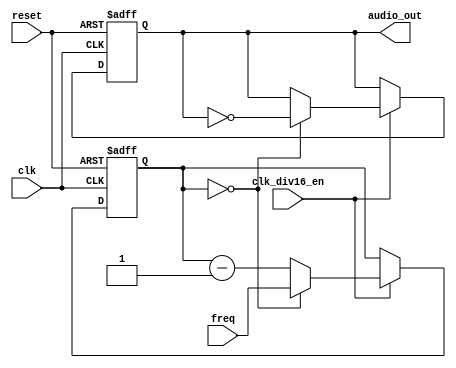
module tone_generator
  (
   input       clk,
   input       clk_div16_en,
   input       reset,
   input [9:0] freq,
   output      audio_out
   );

   reg [9:0]   count;
   reg         tone;

   parameter init = 0;
   
   // the datasheet suggests that the frequency register is loaded
   // into a 10-bit counter and decremented until it hits 0
   // however, this results in a half-period of FREQ+1!
   always @(posedge clk or posedge reset)
     if(reset)
       begin
          count <= init;
          tone  <= 1'b0;
       end
     else if (clk_div16_en)
       begin
          if (count == 0)
            begin
               count <= freq;
               tone  <= !tone;
            end
          else
            begin
               count <= count - 1'b1;
            end
       end

   // assign output
   assign audio_out = tone;

endmodule